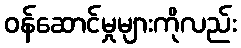
ဝန်ဆောင်မှုများကိုလည်း